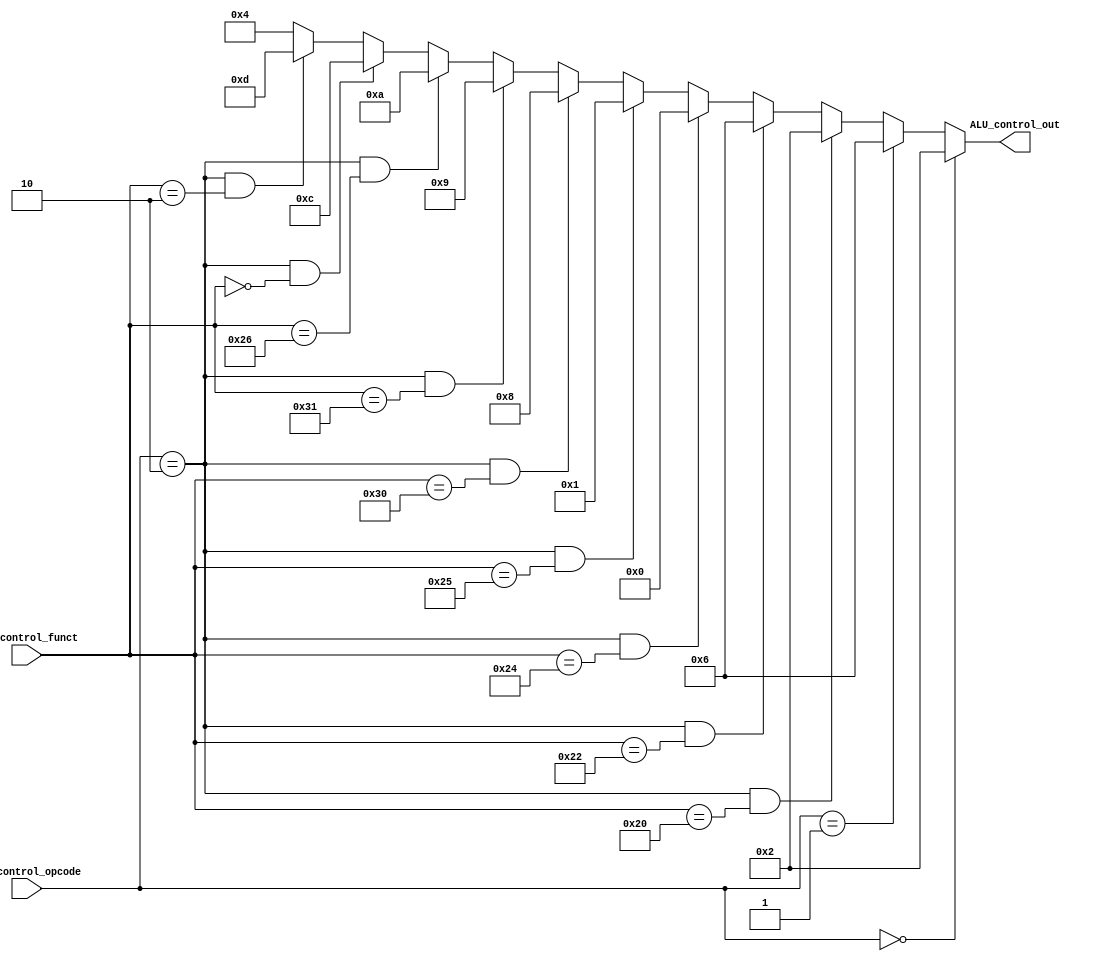
module ALU_control 
	(
		input [1:0] ALU_control_opcode,
		input [5:0] ALU_control_funct,
		output reg [3:0] ALU_control_out
	);

	always @(ALU_control_opcode, ALU_control_funct) begin
		if (ALU_control_opcode == 2'b00) begin // add for lw/sw, addi
			ALU_control_out = 4'b0010;
		end
		else if (ALU_control_opcode == 2'b01) begin // sub for branch
			ALU_control_out = 4'b0110;
		end
		else if (ALU_control_opcode == 2'b10 && ALU_control_funct == 6'b100_000) begin // add for R
			ALU_control_out = 4'b0010;
		end
		else if (ALU_control_opcode == 2'b10 && ALU_control_funct == 6'b100_010) begin // sub for R
			ALU_control_out = 4'b0110;
		end
		else if (ALU_control_opcode == 2'b10 && ALU_control_funct == 6'b100_100) begin // and for R
			ALU_control_out = 4'b0000;
		end
		else if (ALU_control_opcode == 2'b10 && ALU_control_funct == 6'b100_101) begin // or for R
			ALU_control_out = 4'b0001;
		end
		//else if (ALU_control_opcode == 2'b10 && ALU_control_funct == 6'b101_010) begin // sub for R
		//	ALU_control_out = 4'b0111;
		//end
		
		///// mult or div here
		else if (ALU_control_opcode == 2'b10 && ALU_control_funct == 6'b110_000) begin // mult for R
			ALU_control_out = 4'b1000;
		end
		else if (ALU_control_opcode == 2'b10 && ALU_control_funct == 6'b110_001) begin // div for R
			ALU_control_out = 4'b1001;
		end
		///////////////
		
		else if (ALU_control_opcode == 2'b10 && ALU_control_funct == 6'b100_110) begin // xor for R
			ALU_control_out = 4'b1010;
		end
		else if (ALU_control_opcode == 2'b10 && ALU_control_funct == 6'b000_000) begin // sll for R
			ALU_control_out = 4'b1100;
		end
		else if (ALU_control_opcode == 2'b10 && ALU_control_funct == 6'b000_010) begin // srl for R
			ALU_control_out = 4'b1101;
		end
		else begin
			ALU_control_out = 4'b0100;
		end
	
	end
	
endmodule